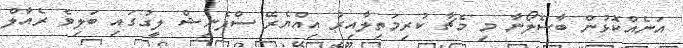
އަނެއްކޮޅުން ބާސެލޯނާ މި މެޗާ ކުރިމަތިލާއިރު އިއްޔެރޭ ސްޕެނިޝް ލީގުގައި ބަލިވެ ރެއާލް